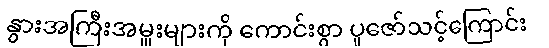
နွားအကြီးအမှူးများကို ကောင်းစွာ ပူဇော်သင့်ကြောင်း